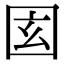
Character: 𡇎